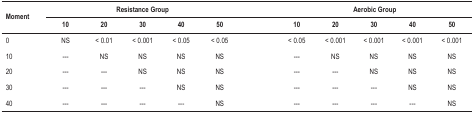
<table><thead><tr><td rowspan="2"><b>Moment</b></td><td colspan="5"><b>Resistance Group</b></td><td><b> </b></td><td colspan="5"><b>Aerobic Group</b></td></tr><tr><td><b>10</b></td><td><b>20</b></td><td><b>30</b></td><td><b>40</b></td><td><b>50</b></td><td><b> </b></td><td><b>10</b></td><td><b>20</b></td><td><b>30</b></td><td><b>40</b></td><td><b>50</b></td></tr></thead><tbody><tr><td>0</td><td>NS</td><td>&lt; 0.01</td><td>&lt; 0.001</td><td>&lt; 0.05</td><td>&lt; 0.05</td><td> </td><td>&lt; 0.05</td><td>&lt; 0.001</td><td>&lt; 0.001</td><td>&lt; 0.001</td><td>&lt; 0.001</td></tr><tr><td>10</td><td>---</td><td>NS</td><td>NS</td><td>NS</td><td>NS</td><td> </td><td>---</td><td>NS</td><td>NS</td><td>NS</td><td>NS</td></tr><tr><td>20</td><td>---</td><td>---</td><td>NS</td><td>NS</td><td>NS</td><td> </td><td>---</td><td>---</td><td>NS</td><td>NS</td><td>NS</td></tr><tr><td>30</td><td>---</td><td>---</td><td>---</td><td>NS</td><td>NS</td><td> </td><td>---</td><td>---</td><td>---</td><td>NS</td><td>NS</td></tr><tr><td>40</td><td>---</td><td>---</td><td>---</td><td>---</td><td>NS</td><td> </td><td>---</td><td>---</td><td>---</td><td>---</td><td>NS</td></tr></tbody></table>